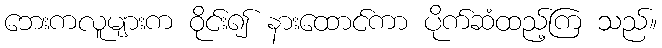
ဘေးကလူများက ဝိုင်း၍ နားထောင်ကာ ပိုက်ဆံထည့်ကြ သည်။